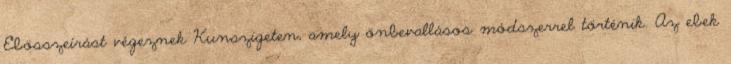
Ebösszeírást végeznek Kunszigeten, amely önbevallásos módszerrel történik. Az ebek